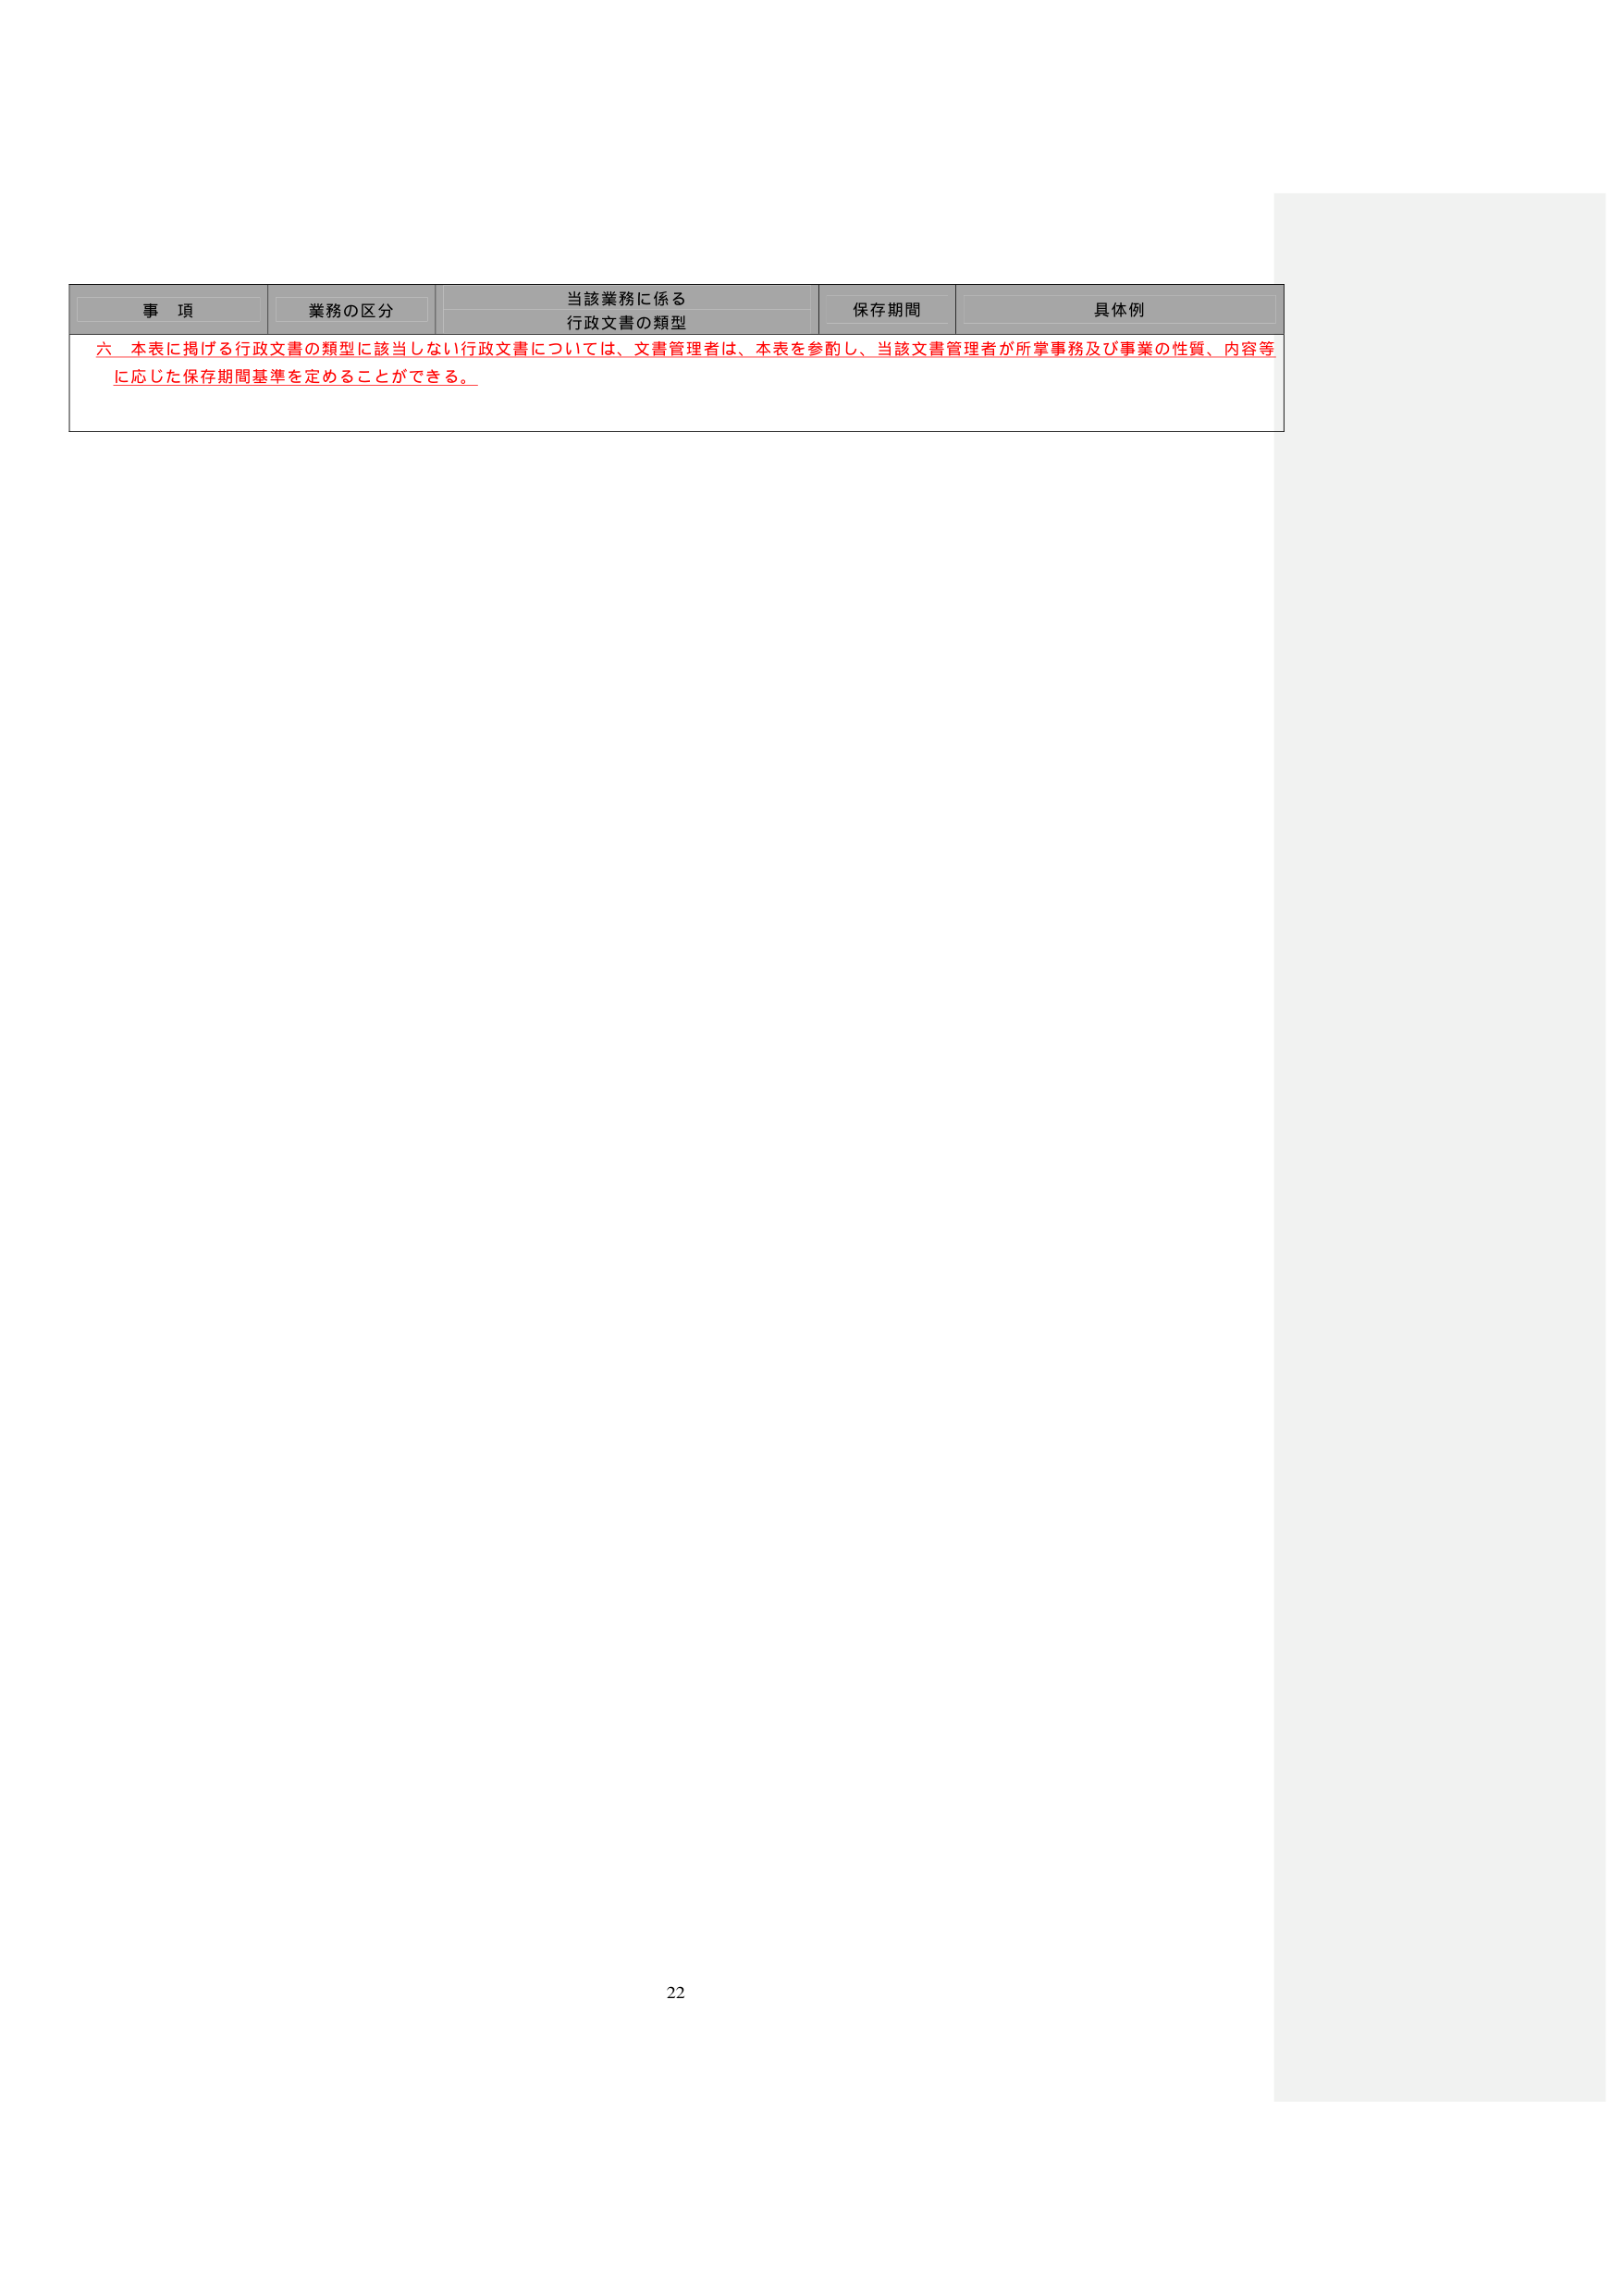
事 項
業務の区分
当該業務に係る
行政文書の類型
保存期間
具体例

六 本表に掲げる行政文書の類型に該当しない行政文書については、文書管理者は、本表を参酌し、当該文書管理者が所掌事務及び事業の性質、内容等に応じた保存期間基準を定めることができる。

22